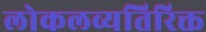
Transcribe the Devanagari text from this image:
लोकलव्यतिरिक्त